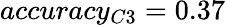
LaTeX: accuracy_{C3}=0.37